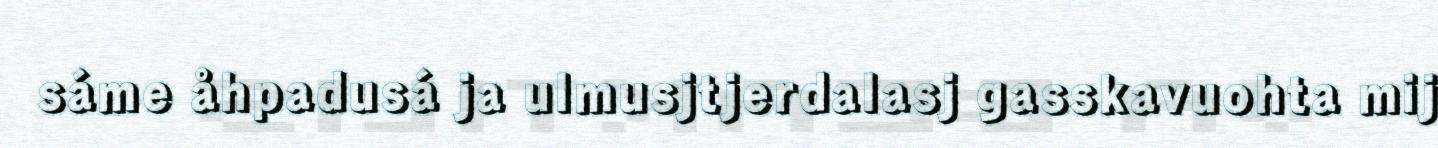
sáme åhpadusá ja ulmusjtjerdalasj gasskavuohta mij